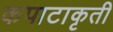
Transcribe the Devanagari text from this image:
कपाटाकृती